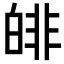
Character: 𤾅